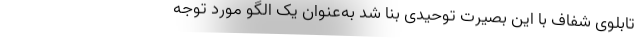
تابلوی شفاف با این بصیرت توحیدی بنا شد به‌عنوان یک الگو مورد توجه